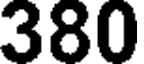
380